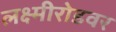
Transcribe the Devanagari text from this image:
लक्ष्मीरोडवर